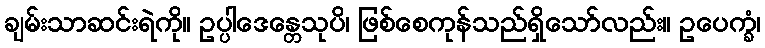
ချမ်းသာဆင်းရဲကို။ ဥပ္ပါဒေန္တေသုပိ၊ ဖြစ်စေကုန်သည်ရှိသော်လည်း။ ဥပေက္ခံ၊